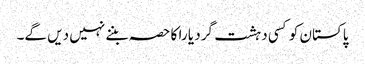
پاکستان کو کسی دہشت گرد یا را کا حصہ بننے نہیں دیں گے۔